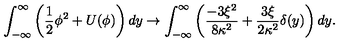
\int _ { - \infty } ^ { \infty } \left( \frac { 1 } { 2 } \phi ^ { 2 } + U ( \phi ) \right) d y \rightarrow \int _ { - \infty } ^ { \infty } \left( \frac { - 3 \xi ^ { 2 } } { 8 \kappa ^ { 2 } } + \frac { 3 \xi } { 2 \kappa ^ { 2 } } \delta ( y ) \right) d y .